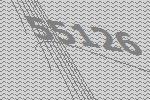
55126